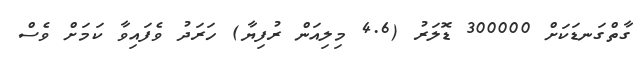
ގާތްގަނޑަކަށް 300000 ޑޮލަރު (4.6 މިލިިއަން ރުފިޔާ) ހަރަދު ވެފައިވާ ކަމަށް ވެސް